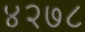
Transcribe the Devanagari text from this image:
४२७८